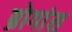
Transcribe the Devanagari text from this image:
ब्रोगांस